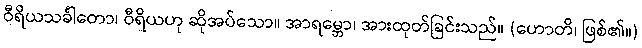
ဝီရိယသင်္ခါတော၊ ဝီရိယဟု ဆိုအပ်သော။ အာရမ္ဘော၊ အားထုတ်ခြင်းသည်။ (ဟောတိ၊ ဖြစ်၏။)